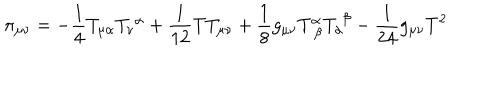
\pi _ { \mu \nu } = - \frac { 1 } { 4 } T _ { \mu \alpha } T _ { \nu } ^ { \; \alpha } + \frac { 1 } { 1 2 } T T _ { \mu \nu } + \frac { 1 } { 8 } g _ { \mu \nu } T _ { \; \beta } ^ { \alpha } T _ { \alpha } ^ { \; \beta } - \frac { 1 } { 2 4 } g _ { \mu \nu } T ^ { 2 }